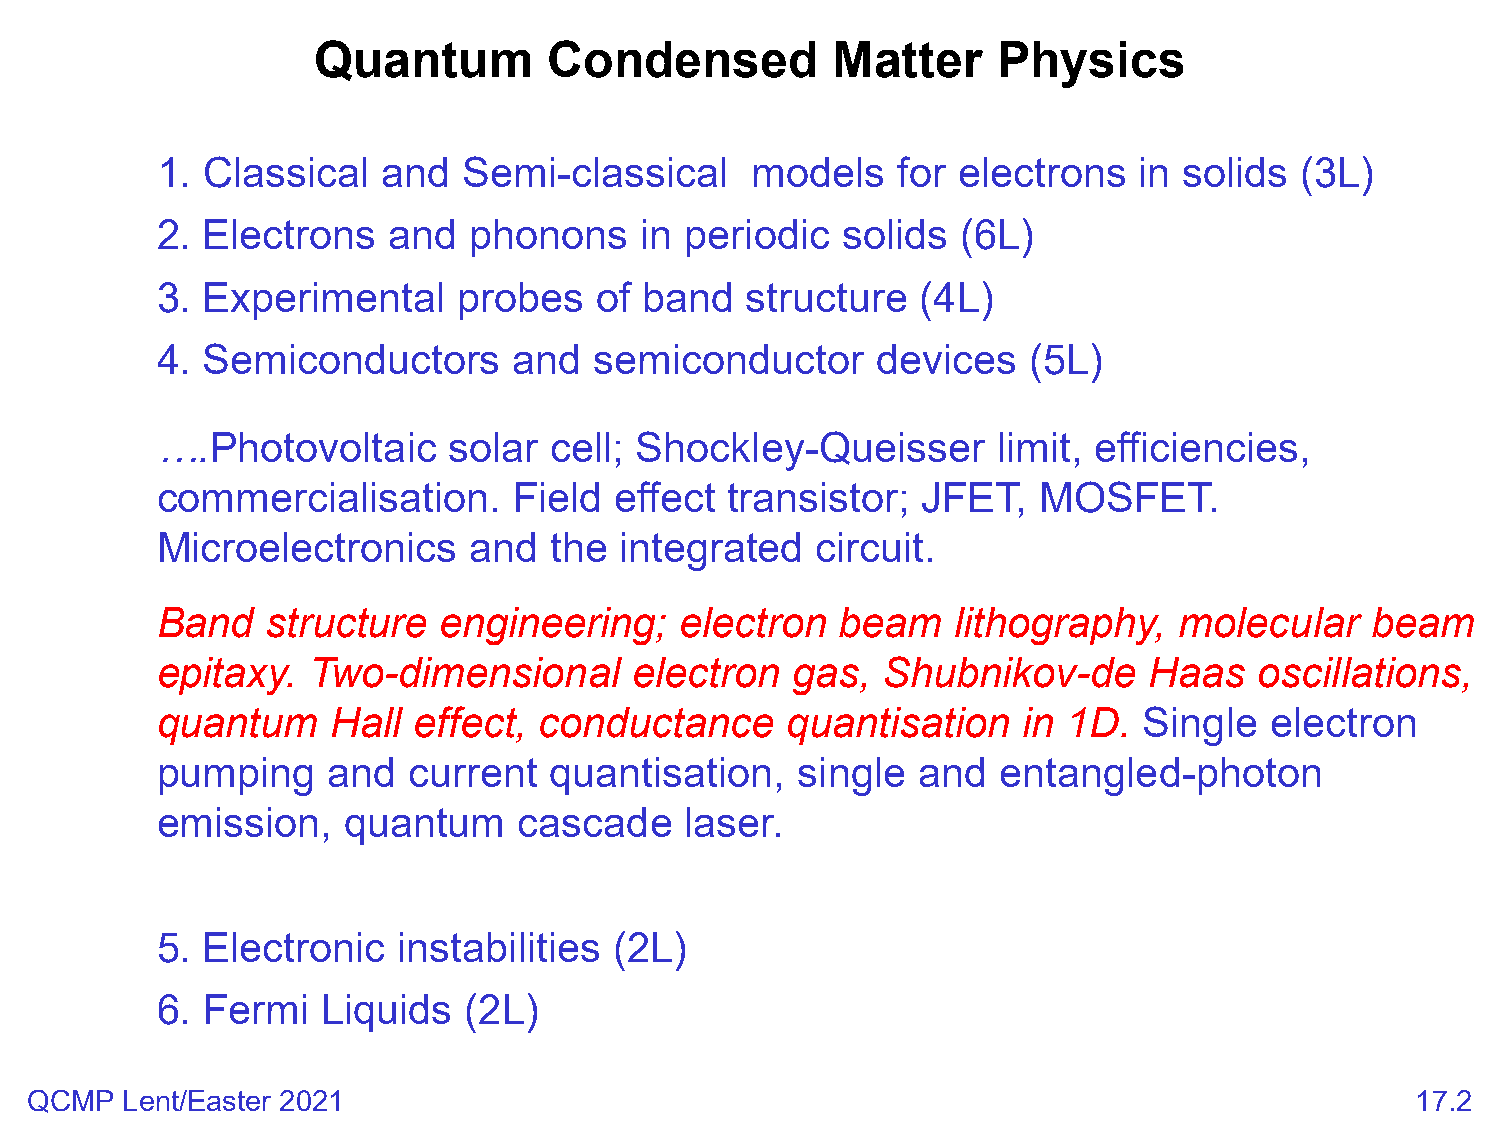
Quantum        Condensed          Matter     Physics
 1. Classical   and   Semi-classical     models   for electrons   in solids  (3L)
 2. Electrons    and  phonons    in periodic   solids  (6L)
 3. Experimental     probes   of  band  structure   (4L)
 4. Semiconductors       and  semiconductor      devices   (5L)
 ….Photovoltaic      solar cell; Shockley-Queisser       limit, efficiencies,
 commercialisation.      Field  effect transistor;  JFET,   MOSFET.
 Microelectronics     and  the  integrated   circuit.
 Band    structure  engineering;    electron   beam   lithography,   molecular    beam
 epitaxy.  Two-dimensional       electron  gas,  Shubnikov-de      Haas   oscillations,
 quantum     Hall effect,  conductance     quantisation    in 1D.  Single  electron
 pumping     and  current  quantisation,    single  and  entangled-photon
 emission,    quantum    cascade    laser.
 5. Electronic   instabilities  (2L)
 6. Fermi   Liquids   (2L)
 QCMP  Lent/Easter 2021                                                                      17.2